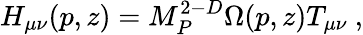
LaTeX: H_{\mu\nu}(p,z)=M_{P}^{2-D}\Omega(p,z)T_{\mu\nu}~,